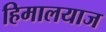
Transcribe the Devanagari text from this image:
हिमालयाज